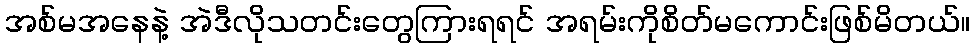
အစ်မအနေနဲ့ အဲဒီလိုသတင်းတွေကြားရရင် အရမ်းကိုစိတ်မကောင်းဖြစ်မိတယ်။